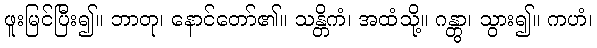
ဖူးမြင်ပြီး၍။ ဘာတု၊ နောင်တော်၏။ သန္တိကံ၊ အထံသို့။ ဂန္တွာ၊ သွား၍။ ကဟံ၊